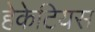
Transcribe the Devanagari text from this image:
हेकेटियस